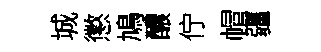
城懲鳩醲佇帽疆